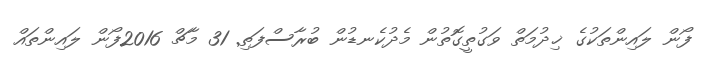
ފޯން ލައިންތަކުގެ ޚިދުމަތް ވަގުތީގޮތުން މެދުކެނޑުން ބުރާސްފަތި